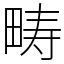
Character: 畴